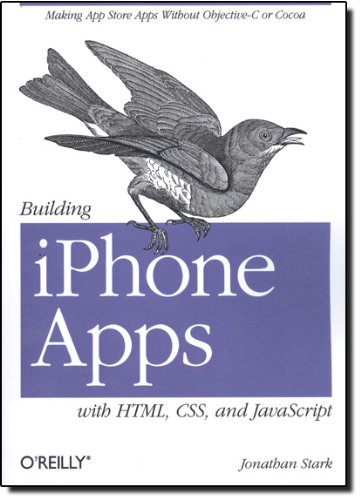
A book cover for Building iPhone Apps with HTML, CSS, and JavaScript: Making App Store Apps Without Objective-C or Cocoa; Jonathan Stark; Computers & Technology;